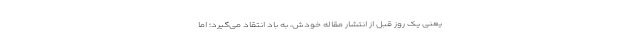
یعنی یک روز قبل از انتشار مقاله خودش، به باد انتقاد می‌گیرد؛ اما